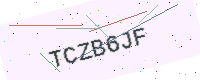
Text: TCZB6JF